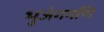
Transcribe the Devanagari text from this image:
भुजंगमणि